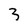
Character: 3